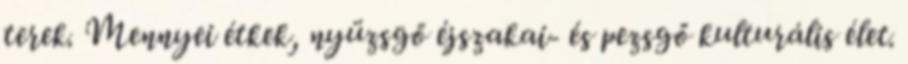
terek. Mennyei étkek, nyüzsgő éjszakai- és pezsgő kulturális élet.